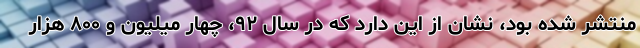
منتشر شده بود، نشان از این دارد که در سال ۹۲، چهار میلیون و ۸۰۰ هزار